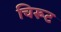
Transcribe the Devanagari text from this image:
चिरूट